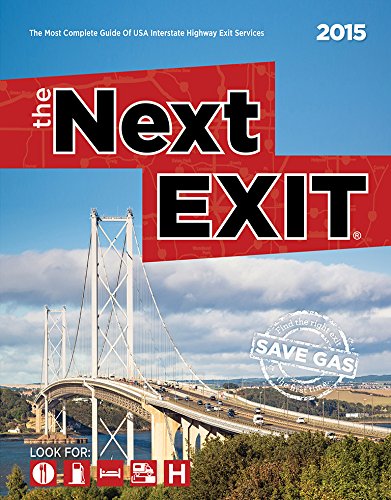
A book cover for The Next Exit 2015: The Most Complete Interstate Hwy Guide; Mark Watson; Travel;